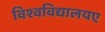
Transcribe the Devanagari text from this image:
विश्वविद्यालयए